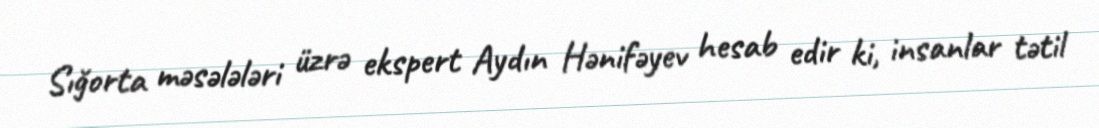
Sığorta məsələləri üzrə ekspert Aydın Hənifəyev hesab edir ki, insanlar tətil